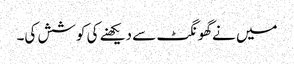
میں نےگھونگٹ سے دیکھنے کی کوشش کی۔